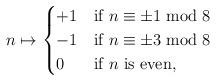
LaTeX: \begin{align*}n \mapsto \begin{cases} +1 & \mbox{if $n\equiv \pm 1 \bmod 8$}\\-1 & \mbox{if $n\equiv \pm 3 \bmod 8$}\\0 & \mbox{if $n$ is even,}\end{cases}\end{align*}